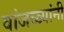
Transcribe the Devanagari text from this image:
वांजळ्यांनी